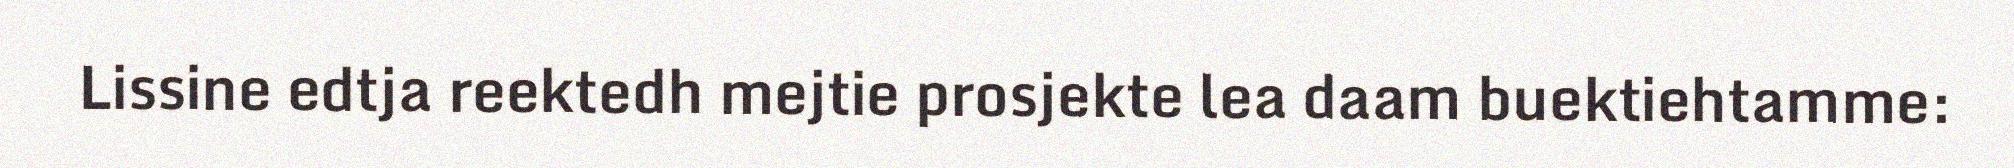
Lissine edtja reektedh mejtie prosjekte lea daam buektiehtamme: